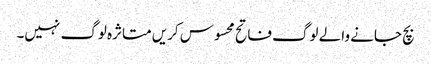
بچ جانے والے لوگ فاتح محسوس کریں متاثرہ لوگ نہیں۔